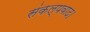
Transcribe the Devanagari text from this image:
संकल्पवाद।